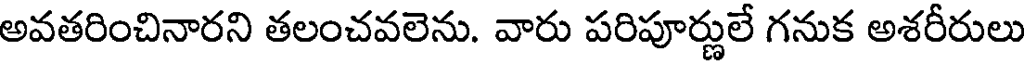
అవతరించినారని తలంచవలెను. వారు పరిపూర్ణులే గనుక అశరీరులు